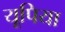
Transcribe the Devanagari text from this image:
यूपिया